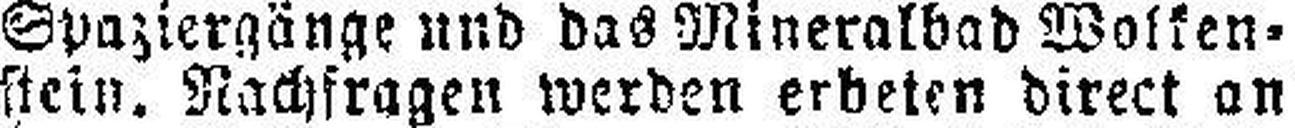
stein. Nachfragen werden erbeten direct an